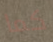
كما